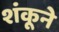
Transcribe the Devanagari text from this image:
शंकूने